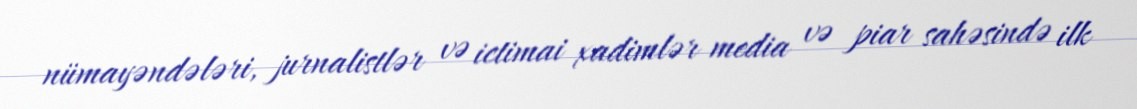
nümayəndələri, jurnalistlər və ictimai xadimlər media və piar sahəsində ilk